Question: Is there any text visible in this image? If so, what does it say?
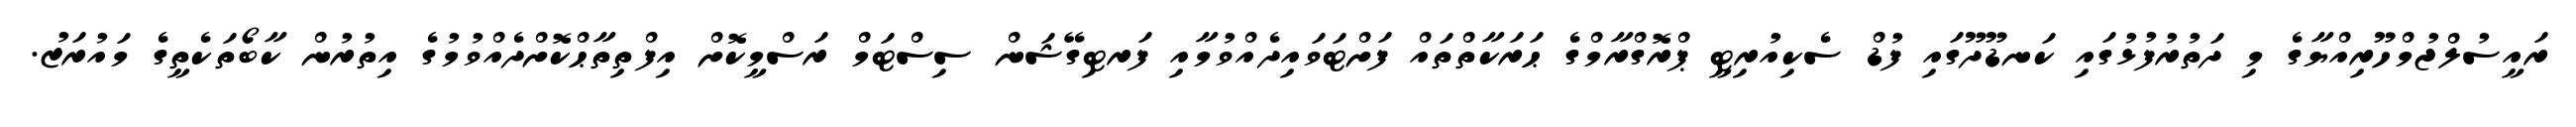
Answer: ރައީސުލްޖުމްހޫރިއްޔާގެ މި ދަތުރުފުޅުގައި ކަނޑޫދޫގައި ފުޑް ސެކިއުރިޓީ ޕްރޮގްރާމްގެ ޙަރަކާތްތައް ފަށްޓަވައިދެއްވުމާއި ފަރޓިގޭޝަން ސިސްޓަމް ރަސްމީކޮށް އިފްތިތާޙްކޮށްދެއްވުމުގެ އިތުރުން ކާބޯތަކެތީގެ މައުރަޒު.